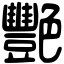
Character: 艷